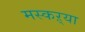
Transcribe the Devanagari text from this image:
मस्कऱ्या